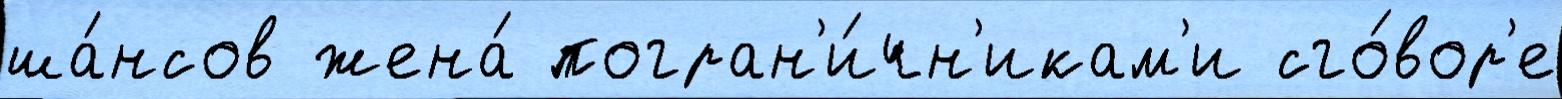
ша́нсов жена́ погран'и́чн'икам'и сго́вор'е